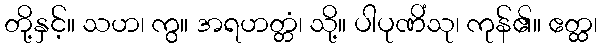
တို့နှင့်။ သဟ၊ ကွ။ အရဟတ္တံ၊ သို့။ ပါပုဏိံသု၊ ကုန်၏။ ဧတ္ထ၊